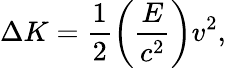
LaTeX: \Delta K=\frac{1}{2}\left(\frac{E}{c^{2}}\right)v^{2},